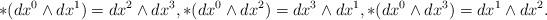
LaTeX: \begin{align*}\ast(dx^0 \wedge dx^1) = dx^2 \wedge dx^3,\ast(dx^0 \wedge dx^2) = dx^3 \wedge dx^1, \ast(dx^0 \wedge dx^3) = dx^1\wedge dx^2.\end{align*}